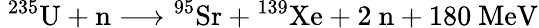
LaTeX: \ {}^{235}\mathrm{U}+\mathrm{n}\longrightarrow{}^{95}\mathrm{Sr}+{}^{139}\mathrm{Xe}+2\ \mathrm{n}+180\ \mathrm{MeV}